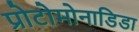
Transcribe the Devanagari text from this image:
प्रोटोमोनाडिडा